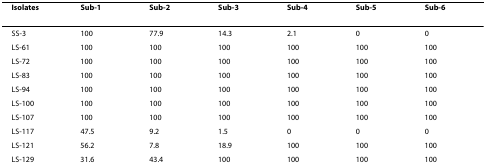
<table><thead><tr><td><b>Isolates </b></td><td><b>Sub-1 </b></td><td><b>Sub-2 </b></td><td><b>Sub-3 </b></td><td><b>Sub-4 </b></td><td><b>Sub-5 </b></td><td><b>Sub-6 </b></td></tr></thead><tbody><tr><td>SS-3</td><td>100</td><td>77.9</td><td>14.3</td><td>2.1</td><td>0</td><td>0</td></tr><tr><td>LS-61</td><td>100</td><td>100</td><td>100</td><td>100</td><td>100</td><td>100</td></tr><tr><td>LS-72</td><td>100</td><td>100</td><td>100</td><td>100</td><td>100</td><td>100</td></tr><tr><td>LS-83</td><td>100</td><td>100</td><td>100</td><td>100</td><td>100</td><td>100</td></tr><tr><td>LS-94</td><td>100</td><td>100</td><td>100</td><td>100</td><td>100</td><td>100</td></tr><tr><td>LS-100</td><td>100</td><td>100</td><td>100</td><td>100</td><td>100</td><td>100</td></tr><tr><td>LS-107</td><td>100</td><td>100</td><td>100</td><td>100</td><td>100</td><td>100</td></tr><tr><td>LS-117</td><td>47.5</td><td>9.2</td><td>1.5</td><td>0</td><td>0</td><td>0</td></tr><tr><td>LS-121</td><td>56.2</td><td>7.8</td><td>18.9</td><td>100</td><td>100</td><td>100</td></tr><tr><td>LS-129</td><td>31.6</td><td>43.4</td><td>100</td><td>100</td><td>100</td><td>100</td></tr></tbody></table>